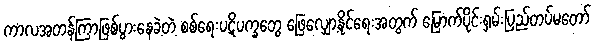
ကာလအတန်ကြာဖြစ်ပွားနေခဲ့တဲ့ စစ်ရေးပဋိပက္ခတွေ ဖြေလျှော့နိုင်ရေးအတွက် မြောက်ပိုင်းရှမ်းပြည်တပ်မတော်